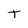
Character: T